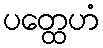
ပတ္ထေဟံ